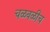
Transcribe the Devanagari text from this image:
चळवळीच